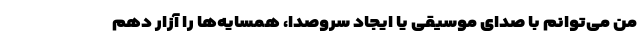
من می‌توانم با صدای موسیقی یا ایجاد سروصدا، همسایه‌ها را آزار دهم